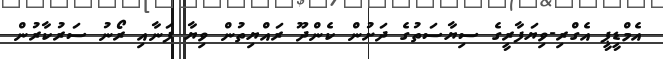
އެމްޑީޕީ އެގްރި-ވިޔަފާރީގެ ސިޔާސަތުގެ ދަށުން ކެންދޫ ރައްޔިތުން ވިޔާ ފަނާއި ރޯނު ސަރުކާރުން